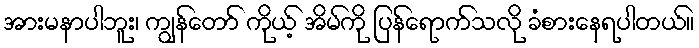
အားမနာပါဘူး၊ ကျွန်တော် ကိုယ့် အိမ်ကို ပြန်ရောက်သလို ခံစားနေရပါတယ်။